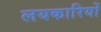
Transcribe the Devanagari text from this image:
लयकारियों